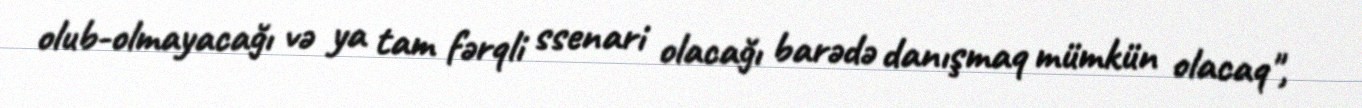
olub-olmayacağı və ya tam fərqli ssenari olacağı barədə danışmaq mümkün olacaq",